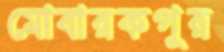
মোবারকপুর